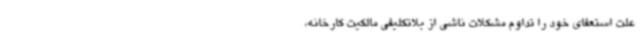
علت استعفای خود را تداوم مشکلات ناشی از بلاتکلیفی مالکیت کارخانه،